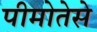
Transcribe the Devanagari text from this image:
पीमोतेसे